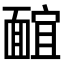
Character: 𩈭